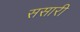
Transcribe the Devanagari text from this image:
ससारी